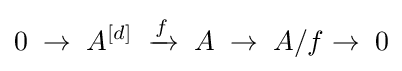
0\;\rightarrow \;A^{[d]}\;\xrightarrow {f} \;A\;\rightarrow \;A/f\rightarrow \;0